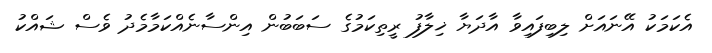
އެކަމަކު އޭނައަށް ލިބިފައިވާ އާދަޔާ ޚިލާފު ރީތިކަމުގެ ސަބަބުން އިންސާނެއްކަމާމެދު ވެސް ޝައްކު